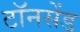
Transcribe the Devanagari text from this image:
टॉनसेंड